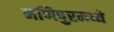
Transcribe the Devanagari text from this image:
मणिपुरमध्ये